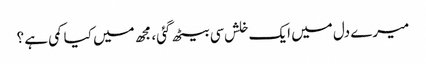
میرے دل میں ایک خلش سی بیٹھ گئی، مجھ میں کیا کمی ہے ؟